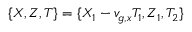
\{ X , Z , T \} = \{ X _ { 1 } - v _ { g , x } T _ { 1 } , Z _ { 1 } , T _ { 2 } \}